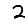
Digit: 2